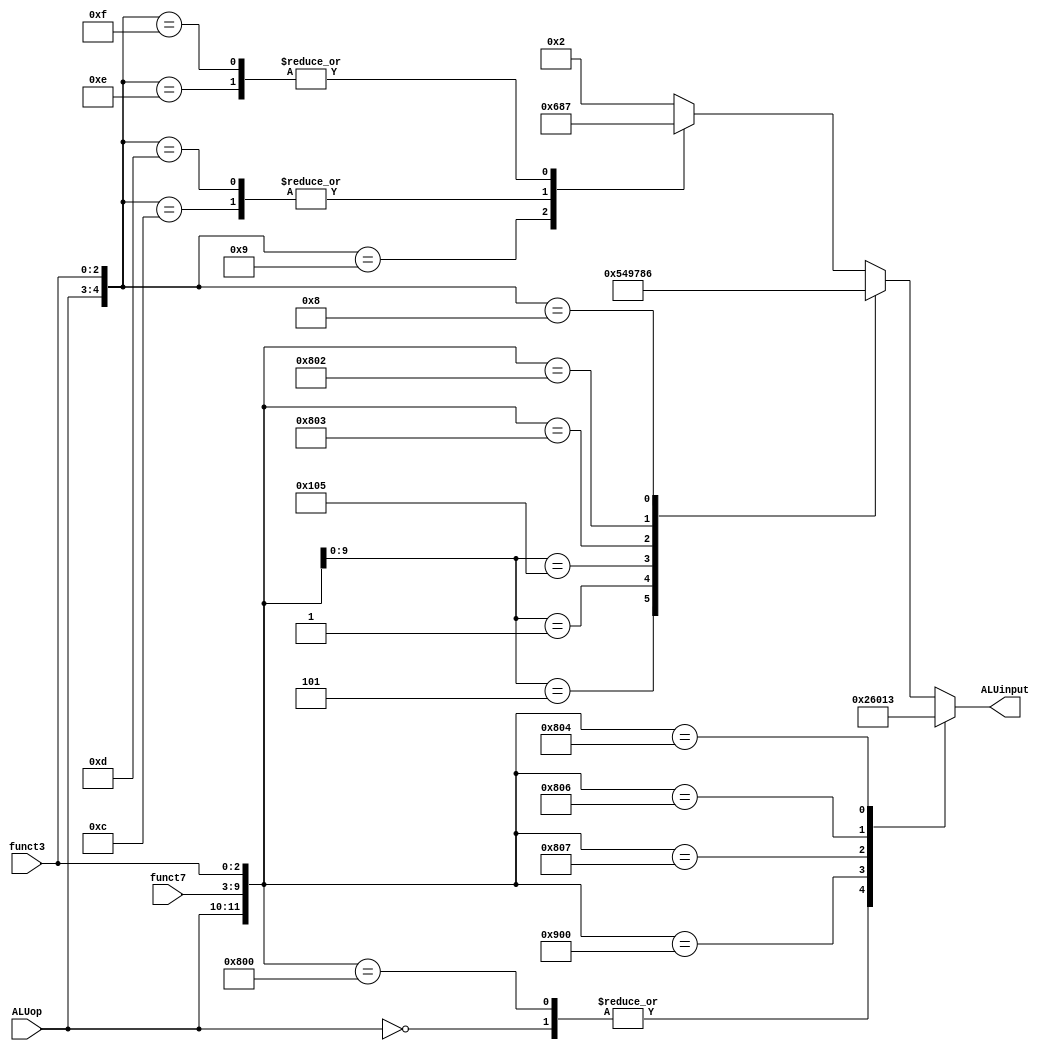
`timescale 1ns / 1ps

module ALUcontrol(
    input [1:0] ALUop,
    input [6:0] funct7,
    input [2:0] funct3,
    output reg [3:0] ALUinput
);
    always@(*) begin
        casex({ALUop, funct7, funct3})
            12'b00xxxxxxxxxx: ALUinput = 4'b0010;     // ld, sd
            12'b100000000000: ALUinput = 4'b0010;     // add
            12'b100100000000: ALUinput = 4'b0110;     // sub
            12'b100000000111: ALUinput = 4'b0000;     // and
            12'b100000000110: ALUinput = 4'b0001;     // or
            12'b100000000100: ALUinput = 4'b0011;     // xor
            12'bxx0000000101: ALUinput = 4'b0101;     // srl, srli
            12'bxx0000000001: ALUinput = 4'b0100;     // sll, slli
            12'bxx0100000101: ALUinput = 4'b1001;     // sra, srai
            12'b100000000011: ALUinput = 4'b0111;     // sltu
            12'b100000000010: ALUinput = 4'b1000;     // slt
            12'b01xxxxxxx000: ALUinput = 4'b0110;     // beq
            12'b01xxxxxxx001: ALUinput = 4'b0110;     // bne
            12'b01xxxxxxx100: ALUinput = 4'b1000;     // blt
            12'b01xxxxxxx101: ALUinput = 4'b1000;     // bge
            12'b01xxxxxxx110: ALUinput = 4'b0111;     // bltu
            12'b01xxxxxxx111: ALUinput = 4'b0111;     // bgeu
            default:          ALUinput = 4'b0010;     // add
        endcase
    end
endmodule